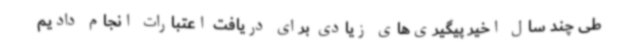
طی چند سال اخیر پیگیری‌های زیادی برای دریافت اعتبارات انجام دادیم